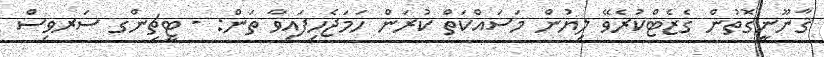
ޤާނޫނީގޮތުން ގެޒެޓްކުރެވޭ ލިޔުން މަސައްކަތް ކުރަން ހަމަޖެހިފައިވާ ތަން: - ޓީޗިންގ ސަރވިސް